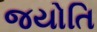
જયોતિ